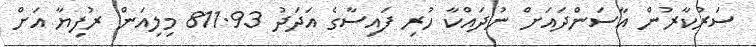
ސަރުކާރުން އާސަންދައަށް ނުދައްކާ ހުރި ފައިސާގެ އަދަދު 811.93 މިލިއަން ރުފިޔާ އަށް